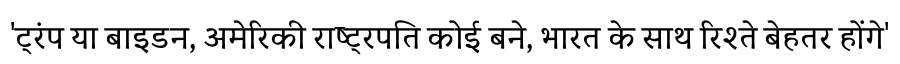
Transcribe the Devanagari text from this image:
'ट्रंप या बाइडन, अमेरिकी राष्ट्रपति कोई बने, भारत के साथ रिश्ते बेहतर होंगे'